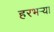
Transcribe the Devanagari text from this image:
हरभऱ्या